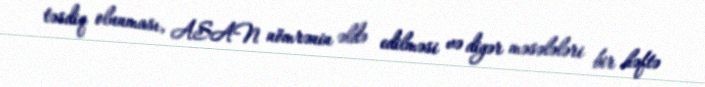
təsdiq olunması, ASAN nömrənin əldə edilməsi və digər məsələləri bir həftə